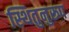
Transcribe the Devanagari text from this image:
स्थितुनुरूप